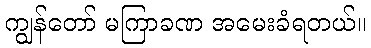
ကျွန်တော် မကြာခဏ အမေးခံရတယ်။